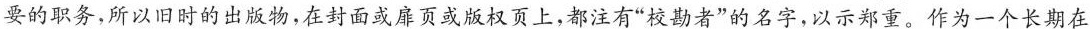
要的职务，所以旧时的出版物，在封面或扉页或版权页上，都注有”校勘者”的名字，以示郑重。作为一个长期在